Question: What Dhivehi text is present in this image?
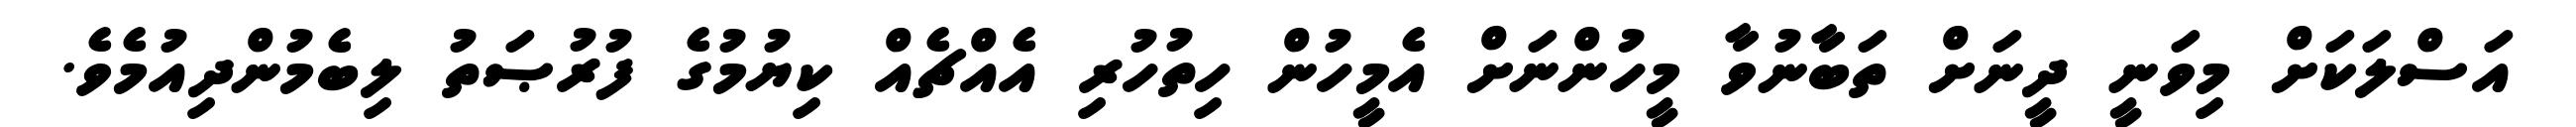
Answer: އަސްލަކަށް މިވަނީ ދީނަށް ތަބާނުވާ މީހުންނަށް އެމީހުން ހިތުހުރި އެއްޗެއް ކިޔުމުގެ ފުރުޞަތު ލިބެމުންދިއުމެވެ.